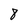
Character: 8